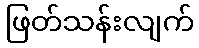
ဖြတ်သန်းလျက်